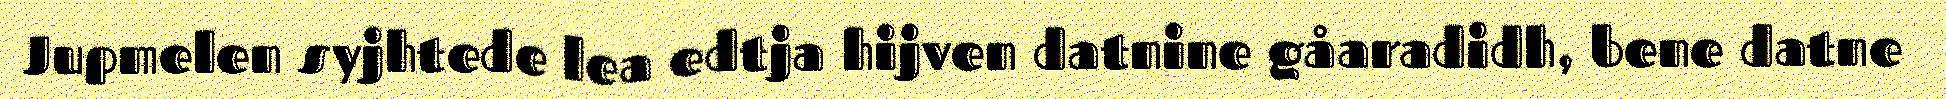
Jupmelen syjhtede lea edtja hijven datnine gåaradidh, bene datne